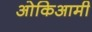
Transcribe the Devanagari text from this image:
ओकिआमी